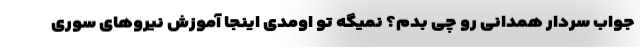
جواب سردار همدانی رو چی بدم؟ نمیگه تو اومدی اینجا آموزش نیروهای سوری